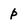
Character: p